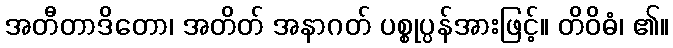
အတီတာဒိတော၊ အတိတ် အနာဂတ် ပစ္စုပ္ပန်အားဖြင့်။ တိဝိဓံ၊ ၏။